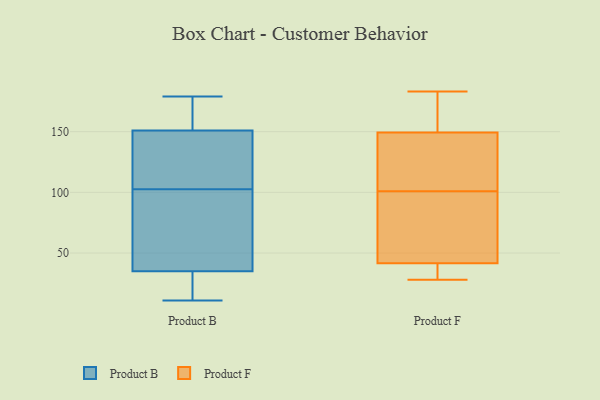
{"axis": {"x": "Revenue (USD Million)", "y": "Value"}, "legend": ["Product B", "Product F"], "data": [{"x": "", "y": 179, "type": "Product B"}, {"x": "", "y": 76, "type": "Product B"}, {"x": "", "y": 125, "type": "Product B"}, {"x": "", "y": 25, "type": "Product B"}, {"x": "", "y": 174, "type": "Product B"}, {"x": "", "y": 79, "type": "Product B"}, {"x": "", "y": 12, "type": "Product B"}, {"x": "", "y": 155, "type": "Product B"}, {"x": "", "y": 129, "type": "Product B"}, {"x": "", "y": 74, "type": "Product B"}, {"x": "", "y": 177, "type": "Product B"}, {"x": "", "y": 115, "type": "Product B"}, {"x": "", "y": 129, "type": "Product B"}, {"x": "", "y": 35, "type": "Product B"}, {"x": "", "y": 11, "type": "Product B"}, {"x": "", "y": 151, "type": "Product B"}, {"x": "", "y": 24, "type": "Product B"}, {"x": "", "y": 90, "type": "Product B"}, {"x": "", "y": 39, "type": "Product F"}, {"x": "", "y": 85, "type": "Product F"}, {"x": "", "y": 152, "type": "Product F"}, {"x": "", "y": 28, "type": "Product F"}, {"x": "", "y": 49, "type": "Product F"}, {"x": "", "y": 160, "type": "Product F"}, {"x": "", "y": 60, "type": "Product F"}, {"x": "", "y": 35, "type": "Product F"}, {"x": "", "y": 131, "type": "Product F"}, {"x": "", "y": 104, "type": "Product F"}, {"x": "", "y": 152, "type": "Product F"}, {"x": "", "y": 101, "type": "Product F"}, {"x": "", "y": 39, "type": "Product F"}, {"x": "", "y": 183, "type": "Product F"}, {"x": "", "y": 141, "type": "Product F"}]}